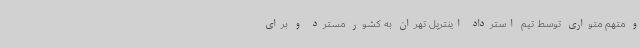
و متهم متواری توسط تیم استرداد اینترپل تهران به کشور مسترد و برای